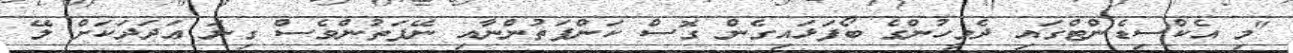
"މި އެކްސިޑެންޓްގައި ދެމީހުންގެ ބޯފަޅައިގެން ގޮސް ކަންފަތުންނާއި ނޭފަތުންވެސް ގިނަ ޢަދަދަކަށް ލޭ